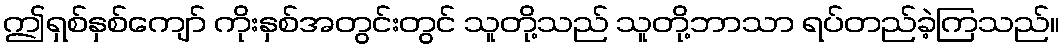
ဤရှစ်နှစ်ကျော် ကိုးနှစ်အတွင်းတွင် သူတို့သည် သူတို့ဘာသာ ရပ်တည်ခဲ့ကြသည်။